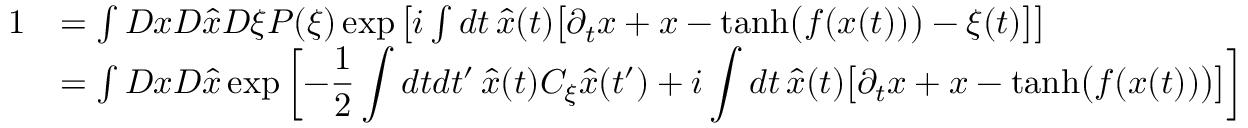
\begin{array} { r l } { 1 } & { = \int D x D \hat { x } D \xi P ( \xi ) \exp \left[ i \int d t \, \hat { x } ( t ) \big [ \partial _ { t } x + x - \mathrm { t a n h } \big ( f ( x ( t ) ) \big ) - \xi ( t ) \big ] \right] } \\ & { = \int D x D \hat { x } \exp \left[ - \displaystyle \frac { 1 } { 2 } \int d t d t ^ { \prime } \, \hat { x } ( t ) C _ { \xi } \hat { x } ( t ^ { \prime } ) + i \int d t \, \hat { x } ( t ) \big [ \partial _ { t } x + x - \mathrm { t a n h } \big ( f ( x ( t ) ) \big ) \big ] \right] } \end{array}